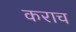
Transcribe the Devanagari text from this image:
कराच